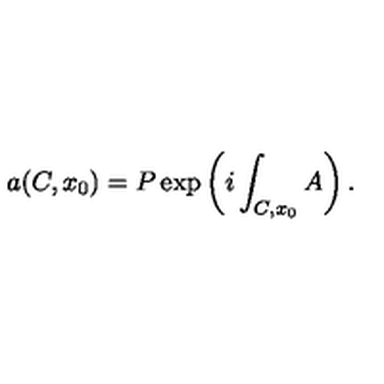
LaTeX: a ( C , x _ { 0 } ) = P \exp \left( i \int _ { C , x _ { 0 } } A \right) .